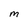
Character: M